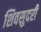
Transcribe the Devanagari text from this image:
शिवसुदरी